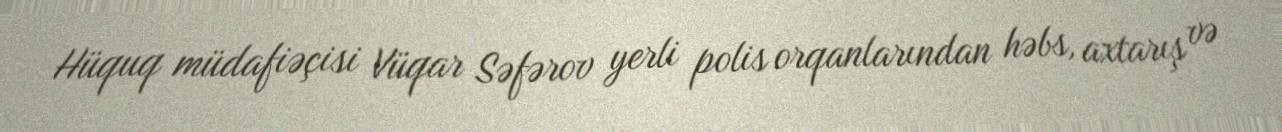
Hüquq müdafiəçisi Vüqar Səfərov yerli polis orqanlarından həbs, axtarış və